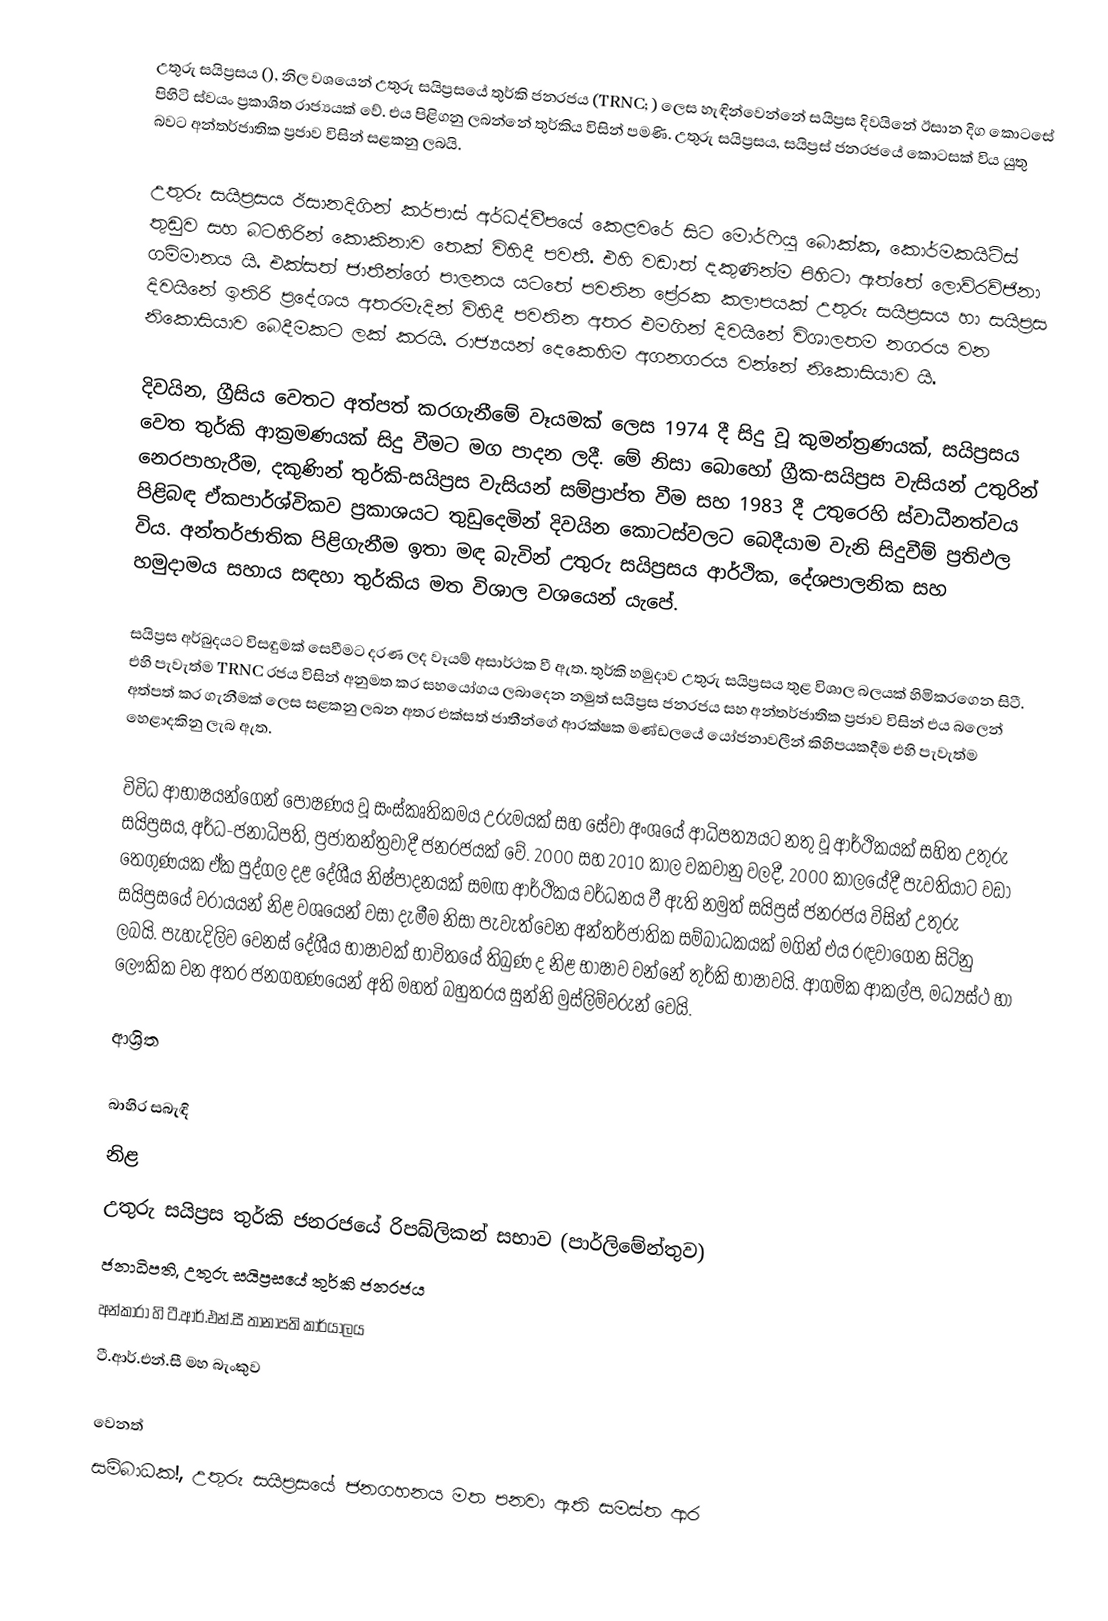
උතුරු සයිප්‍රසය (), නිල වශයෙන් උතුරු සයිප්‍රසයේ තුර්කි ජනරජය (TRNC; ) ලෙස හැඳින්වෙන්නේ සයිප්‍රස දිවයිනේ ඊසාන දිග කොටසේ පිහිටි ස්වයං ප්‍රකාශිත රාජ්‍යයක් වේ. එය පිළිගනු ලබන්නේ තුර්කිය විසින් පමණි. උතුරු සයිප්‍රසය, සයිප්‍රස් ජනරජයේ කොටසක් විය යුතු බවට අන්තර්ජාතික ප්‍රජාව විසින් සළකනු ලබයි.

උතුරු සයිප්‍රසය ඊසානදිගින් කර්පාස් අර්ධද්වීපයේ කෙළවරේ සිට මොර්ෆියු බොක්ක, කොර්මකයිටිස් තුඩුව සහ බටහිරින් කොකිනාව තෙක් විහිදී පවතී. එහි වඩාත් දකුණින්ම පිහිටා ඇත්තේ ලොව්රව්ජිනා ගම්මානය යි. එක්සත් ජාතීන්ගේ පාලනය යටතේ පවතින ප්‍රේරක කලාපයක් උතුරු සයිප්‍රසය හා සයිප්‍රස දිවයිනේ ඉතිරි ප්‍රදේශය අතරමැදින් විහිදී පවතින අතර එමගින් දිවයිනේ විශාලතම නගරය වන නිකොසියාව බෙදීමකට ලක් කරයි. රාජ්‍යයන් දෙකෙහිම අගනගරය වන්නේ නිකොසියාව යි.

දිවයින, ග්‍රීසිය වෙතට අත්පත් කරගැනීමේ වෑයමක් ලෙස 1974 දී සිදු වූ කුමන්ත්‍රණයක්, සයිප්‍රසය වෙත තුර්කි ආක්‍රමණයක් සිදු වීමට මග පාදන ලදී. මේ නිසා බොහෝ ග්‍රීක-සයිප්‍රස වැසියන් උතුරින් නෙරපාහැරීම, දකුණින් තුර්කි-සයිප්‍රස වැසියන් සම්ප්‍රාප්ත වීම සහ 1983 දී උතුරෙහි ස්වාධීනත්වය පිළිබඳ ඒකපාර්ශ්විකව ප්‍රකාශයට තුඩුදෙමින් දිවයින කොටස්වලට බෙදීයාම වැනි සිදුවීම් ප්‍රතිඵල විය. අන්තර්ජාතික පිළිගැනීම ඉතා මඳ බැවින් උතුරු සයිප්‍රසය ආර්ථික, දේශපාලනික සහ හමුදාමය සහාය සඳහා තුර්කිය මත විශාල වශයෙන් යැපේ.

සයිප්‍රස අර්බුදයට විසඳුමක් සෙවීමට දරණ ලද වෑයම් අසාර්ථක වී ඇත. තුර්කි හමුදාව උතුරු සයිප්‍රසය තුළ විශාල බලයක් හිමිකරගෙන සිටී. එහි පැවැත්ම TRNC රජය විසින් අනුමත කර සහයෝගය ලබාදෙන නමුත් සයිප්‍රස ජනරජය සහ අන්තර්ජාතික ප්‍රජාව විසින් එය බලෙන් අත්පත් කර ගැනීමක් ලෙස සළකනු ලබන අතර එක්සත් ජාතීන්ගේ ආරක්ෂක මණ්ඩලයේ යෝජනාවලීන් කිහිපයකදීම එහි පැවැත්ම හෙළාදකිනු ලැබ ඇත.

විවිධ ආභාෂයන්ගෙන් පෝෂණය වූ සංස්කෘතිකමය උරුමයක් සහ සේවා අංශයේ ආධිපත්‍යයට නතු වූ ආර්ථිකයක් සහිත උතුරු සයිප්‍රසය, අර්ධ-ජනාධිපති, ප්‍රජාතන්ත්‍රවාදී ජනරජයක් වේ. 2000 සහ 2010 කාල වකවානු වලදී, 2000 කාලයේදී පැවතියාට වඩා තෙගුණයක ඒක පුද්ගල දළ දේශීය නිෂ්පාදනයක් සමඟ ආර්ථිකය වර්ධනය වී ඇති නමුත් සයිප්‍රස් ජනරජය විසින් උතුරු සයිප්‍රසයේ වරායයන් නිළ වශයෙන් වසා දැමීම නිසා පැවැත්වෙන අන්තර්ජාතික සම්බාධකයක් මගින් එය රඳවාගෙන සිටිනු ලබයි. පැහැදිලිව වෙනස් දේශීය භාෂාවක් භාවිතයේ තිබුණ ද නිළ භාෂාව වන්නේ තුර්කි භාෂාවයි. ආගමික ආකල්ප, මධ්‍යස්ථ හා ලෞකික වන අතර ජනගහණයෙන් අති මහත් බහුතරය සුන්නි මුස්ලිම්වරුන් වෙයි.

ආශ්‍රිත

බාහිර සබැඳි
 නිළ
 උතුරු සයිප්‍රස තුර්කි ජනරජයේ රිපබ්ලිකන් සභාව (පාර්ලිමේන්තුව)
 ජනාධිපති, උතුරු සයිප්‍රසයේ තුර්කි ජනරජය
 අන්කාරා හි ටී.ආර්.එන්.සී තානාපති කාර්යාලය
 ටී.ආර්.එන්.සී මහ බැංකුව

 වෙනත්
 සම්බාධක!, උතුරු සයිප්‍රසයේ ජනගහනය මත පනවා ඇති සමස්ත ආර